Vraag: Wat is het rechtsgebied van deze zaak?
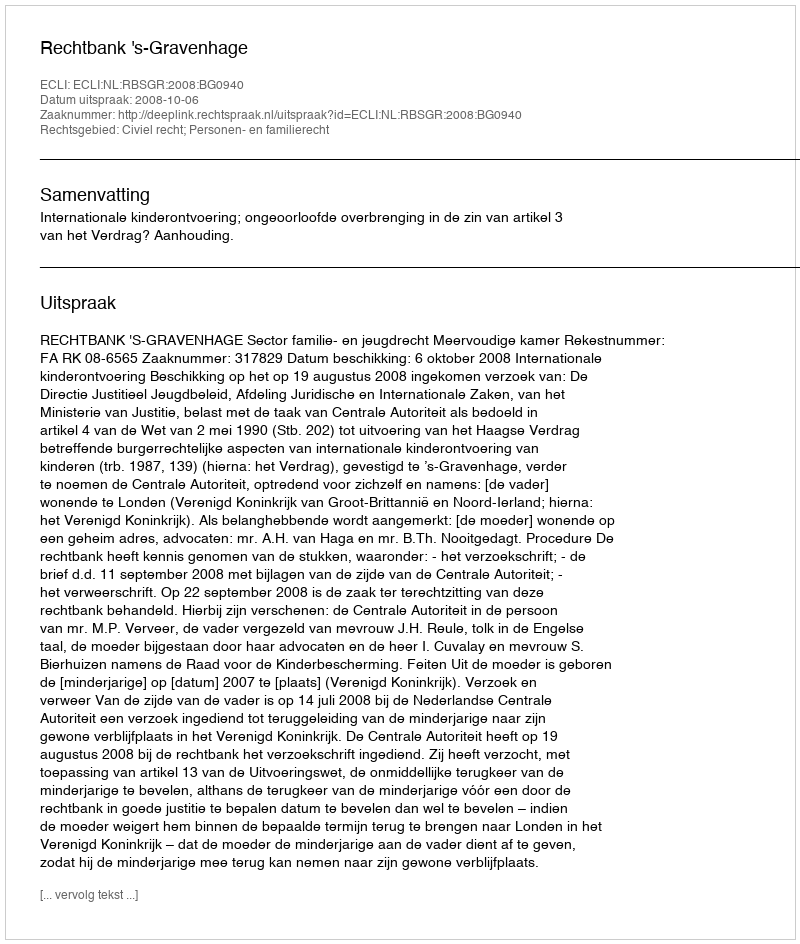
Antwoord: Civiel recht; Personen- en familierecht